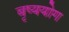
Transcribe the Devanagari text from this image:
बृष्ययोग